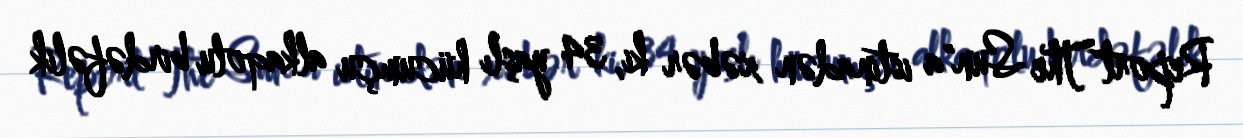
Report"The Sun"a istinadən xəbər ki, 34 yaşlı hücumçu alkaqolu birdəfəlik